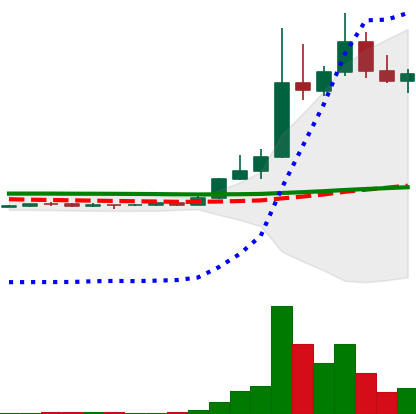
Ticker: DOGE-USD
Chart end date: 2022-11-04
Forward return: -41.172%
Label: down_7plus